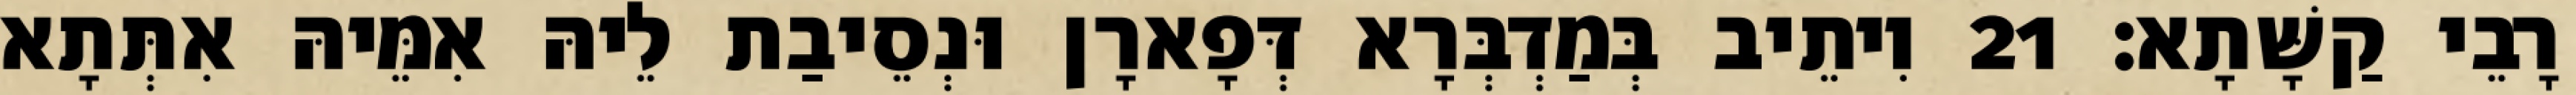
רָבֵי קַשָּׁתָא׃ 21 וִיתֵיב בְּמַדְבְּרָא דְּפָארָן וּנְסֵיבַת לֵיהּ אִמֵּיהּ אִתְּתָא